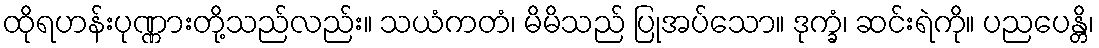
ထိုရဟန်းပုဏ္ဏားတို့သည်လည်း။ သယံကတံ၊ မိမိသည် ပြုအပ်သော။ ဒုက္ခံ၊ ဆင်းရဲကို။ ပညပေန္တိ၊